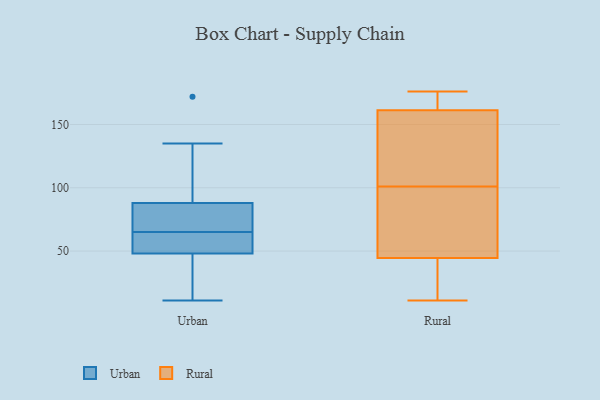
{"axis": {"x": "Production Output", "y": "Value"}, "legend": ["Rural", "Urban"], "data": [{"x": "", "y": 172, "type": "Urban"}, {"x": "", "y": 11, "type": "Urban"}, {"x": "", "y": 20, "type": "Urban"}, {"x": "", "y": 61, "type": "Urban"}, {"x": "", "y": 61, "type": "Urban"}, {"x": "", "y": 135, "type": "Urban"}, {"x": "", "y": 69, "type": "Urban"}, {"x": "", "y": 121, "type": "Urban"}, {"x": "", "y": 74, "type": "Urban"}, {"x": "", "y": 24, "type": "Urban"}, {"x": "", "y": 58, "type": "Urban"}, {"x": "", "y": 73, "type": "Urban"}, {"x": "", "y": 48, "type": "Urban"}, {"x": "", "y": 88, "type": "Urban"}, {"x": "", "y": 71, "type": "Rural"}, {"x": "", "y": 101, "type": "Rural"}, {"x": "", "y": 172, "type": "Rural"}, {"x": "", "y": 71, "type": "Rural"}, {"x": "", "y": 159, "type": "Rural"}, {"x": "", "y": 37, "type": "Rural"}, {"x": "", "y": 40, "type": "Rural"}, {"x": "", "y": 165, "type": "Rural"}, {"x": "", "y": 40, "type": "Rural"}, {"x": "", "y": 101, "type": "Rural"}, {"x": "", "y": 160, "type": "Rural"}, {"x": "", "y": 168, "type": "Rural"}, {"x": "", "y": 46, "type": "Rural"}, {"x": "", "y": 105, "type": "Rural"}, {"x": "", "y": 176, "type": "Rural"}, {"x": "", "y": 11, "type": "Rural"}, {"x": "", "y": 85, "type": "Rural"}]}